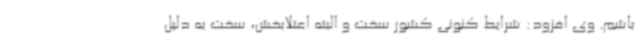
باشم. وی افزود: شرایط کنونی کشور سخت و البته اعتلابخش، سخت به دلیل